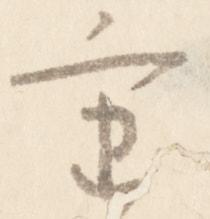
重